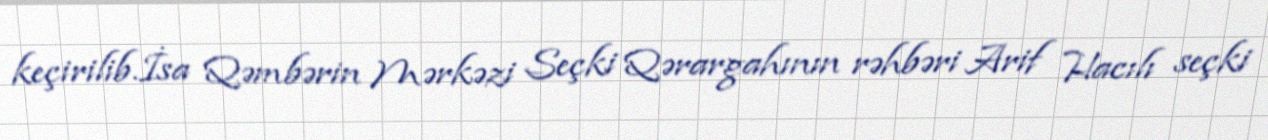
keçirilib.İsa Qəmbərin Mərkəzi Seçki Qərargahının rəhbəri Arif Hacılı seçki